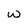
Character: w